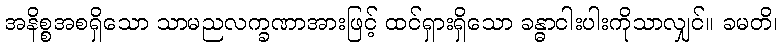
အနိစ္စအစရှိသော သာမညလက္ခဏာအားဖြင့် ထင်ရှားရှိသော ခန္ဓာငါးပါးကိုသာလျှင်။ ခမတိ၊